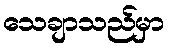
သေချာသည်မှာ